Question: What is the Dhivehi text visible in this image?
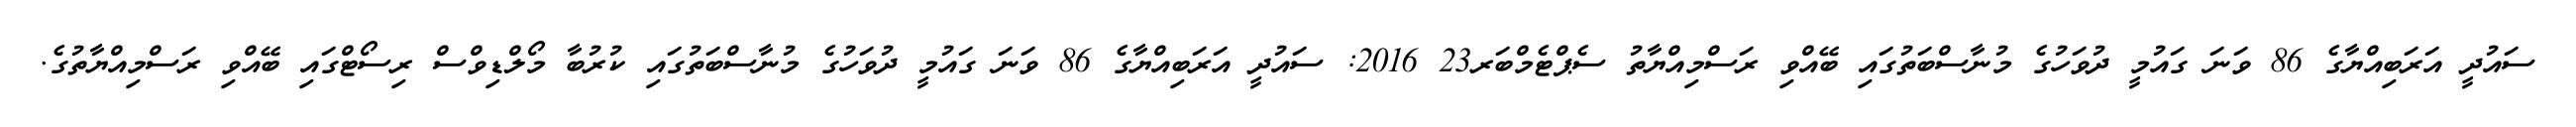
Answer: ސައުދީ އަރަބިއްޔާގެ 86 ވަނަ ގައުމީ ދުވަހުގެ މުނާސްބަތުގައި ބޭއްވި ރަސްމިއްޔާތު ސެޕްޓެމްބަރ23 2016: ސައުދީ އަރަބިއްޔާގެ 86 ވަނަ ގައުމީ ދުވަހުގެ މުނާސްބަތުގައި ކުރުބާ މޯލްޑިވްސް ރިސޯޓްގައި ބޭއްވި ރަސްމިއްޔާތުގެ.